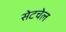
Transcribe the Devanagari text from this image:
सेटचेल